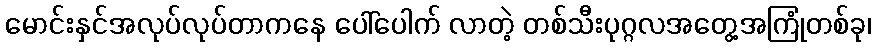
မောင်းနှင်အလုပ်လုပ်တာကနေ ပေါ်ပေါက် လာတဲ့ တစ်သီးပုဂ္ဂလအတွေ့အကြုံတစ်ခု၊